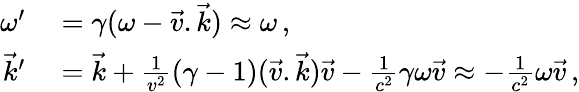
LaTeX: \begin{array}{rl}{\omega^{\prime}}&{{}=\gamma(\omega-\vec{v}.\vec{k})\approx\omega\, ,}\\ {\vec{k}^{\prime}}&{{}=\vec{k}+\frac{1}{v^{2}}(\gamma-1)(\vec{v}.\vec{k})\vec{v}-\frac{1}{c^{2}}\gamma\omega\vec{v}\approx-\frac{1}{c^{2}}\omega\vec{v}\, ,}\end{array}